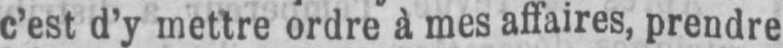
c’est d’y mettre ordre à mes affaires, prendre